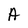
Character: A